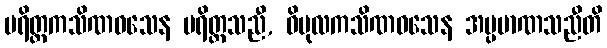
ပရိတ္တကသိဏဝသေန ပရိတ္တသညီ, ဝိပုလကသိဏဝသေန အပ္ပမာဏသညီတိ